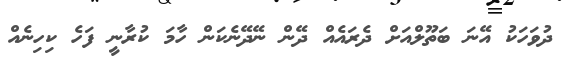
ދުވަހަކު އޭނަ ބަތޫލްއަށް ދެރައެއް ދޭން ނޭދޭނެކަން ހާމަ ކުރާނީ ފަހެ ކިހިނެއް